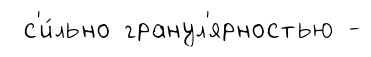
с'и́льно гранул'ярностью -